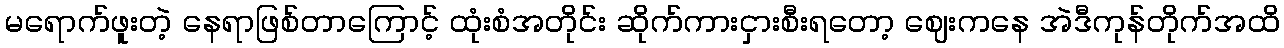
မရောက်ဖူးတဲ့ နေရာဖြစ်တာကြောင့် ထုံးစံအတိုင်း ဆိုက်ကားငှားစီးရတော့ ဈေးကနေ အဲဒီကုန်တိုက်အထိ